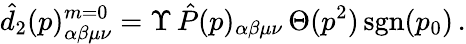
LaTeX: \hat{d}_{2}(p)_{\alpha\beta\mu\nu}^{m=0}=\Upsilon\, \hat{P}(p)_{\alpha\beta\mu\nu}\, \Theta(p^{2})\, \mathrm{sgn}(p_{0})\, .